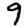
Digit: 9